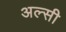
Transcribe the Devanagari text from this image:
अल्सी